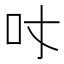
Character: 𠮼